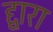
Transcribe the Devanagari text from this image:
द्द्वारा